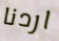
اردنا